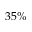
3 5 \%